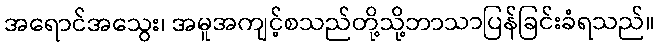
အရောင်အသွေး၊ အမူအကျင့်စသည်တို့သို့ဘာသာပြန်ခြင်းခံရသည်။